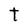
Character: t